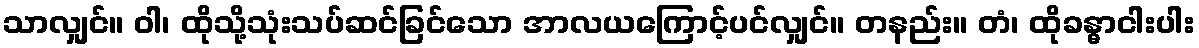
သာလျှင်။ ဝါ၊ ထိုသို့သုံးသပ်ဆင်ခြင်သော အာလယကြောင့်ပင်လျှင်။ တနည်း။ တံ၊ ထိုခန္ဓာငါးပါး